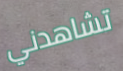
تشاهدني